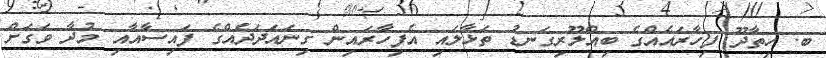
ބ. ހިތާދޫ ފިހާރައެއްގެ ބިއްލޫރިގަނޑު ތަޅާލައި އެފިހާރައިން ގިނައަދަދެއްގެ ފައިސާއާއި މުދާ ވަގަށް